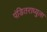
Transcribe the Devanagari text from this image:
पंडितराध्युला